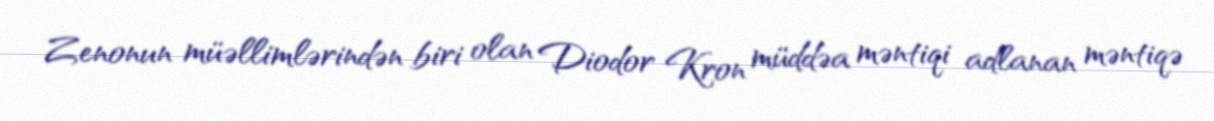
Zenonun müəllimlərindən biri olan Diodor Kron müddəa məntiqi adlanan məntiqə